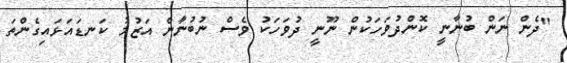
"ދެން ނަން ބުނާނީ ކޮންދުވަހަކުން ނޫނީ ދުވަހަކު ވެސް ނުބުނާން އަޒުމު ކަނޑައަޅައިގެންތަ